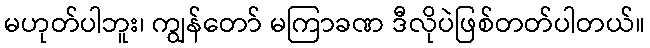
မဟုတ်ပါဘူး၊ ကျွန်တော် မကြာခဏ ဒီလိုပဲဖြစ်တတ်ပါတယ်။